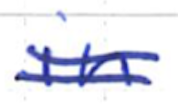
Text: in
Cross-out: mix
Writing tool: ballpoint